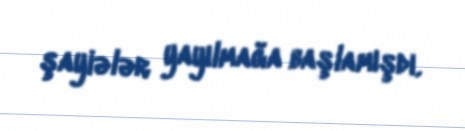
şayiələr yayılmağa başlamışdı.